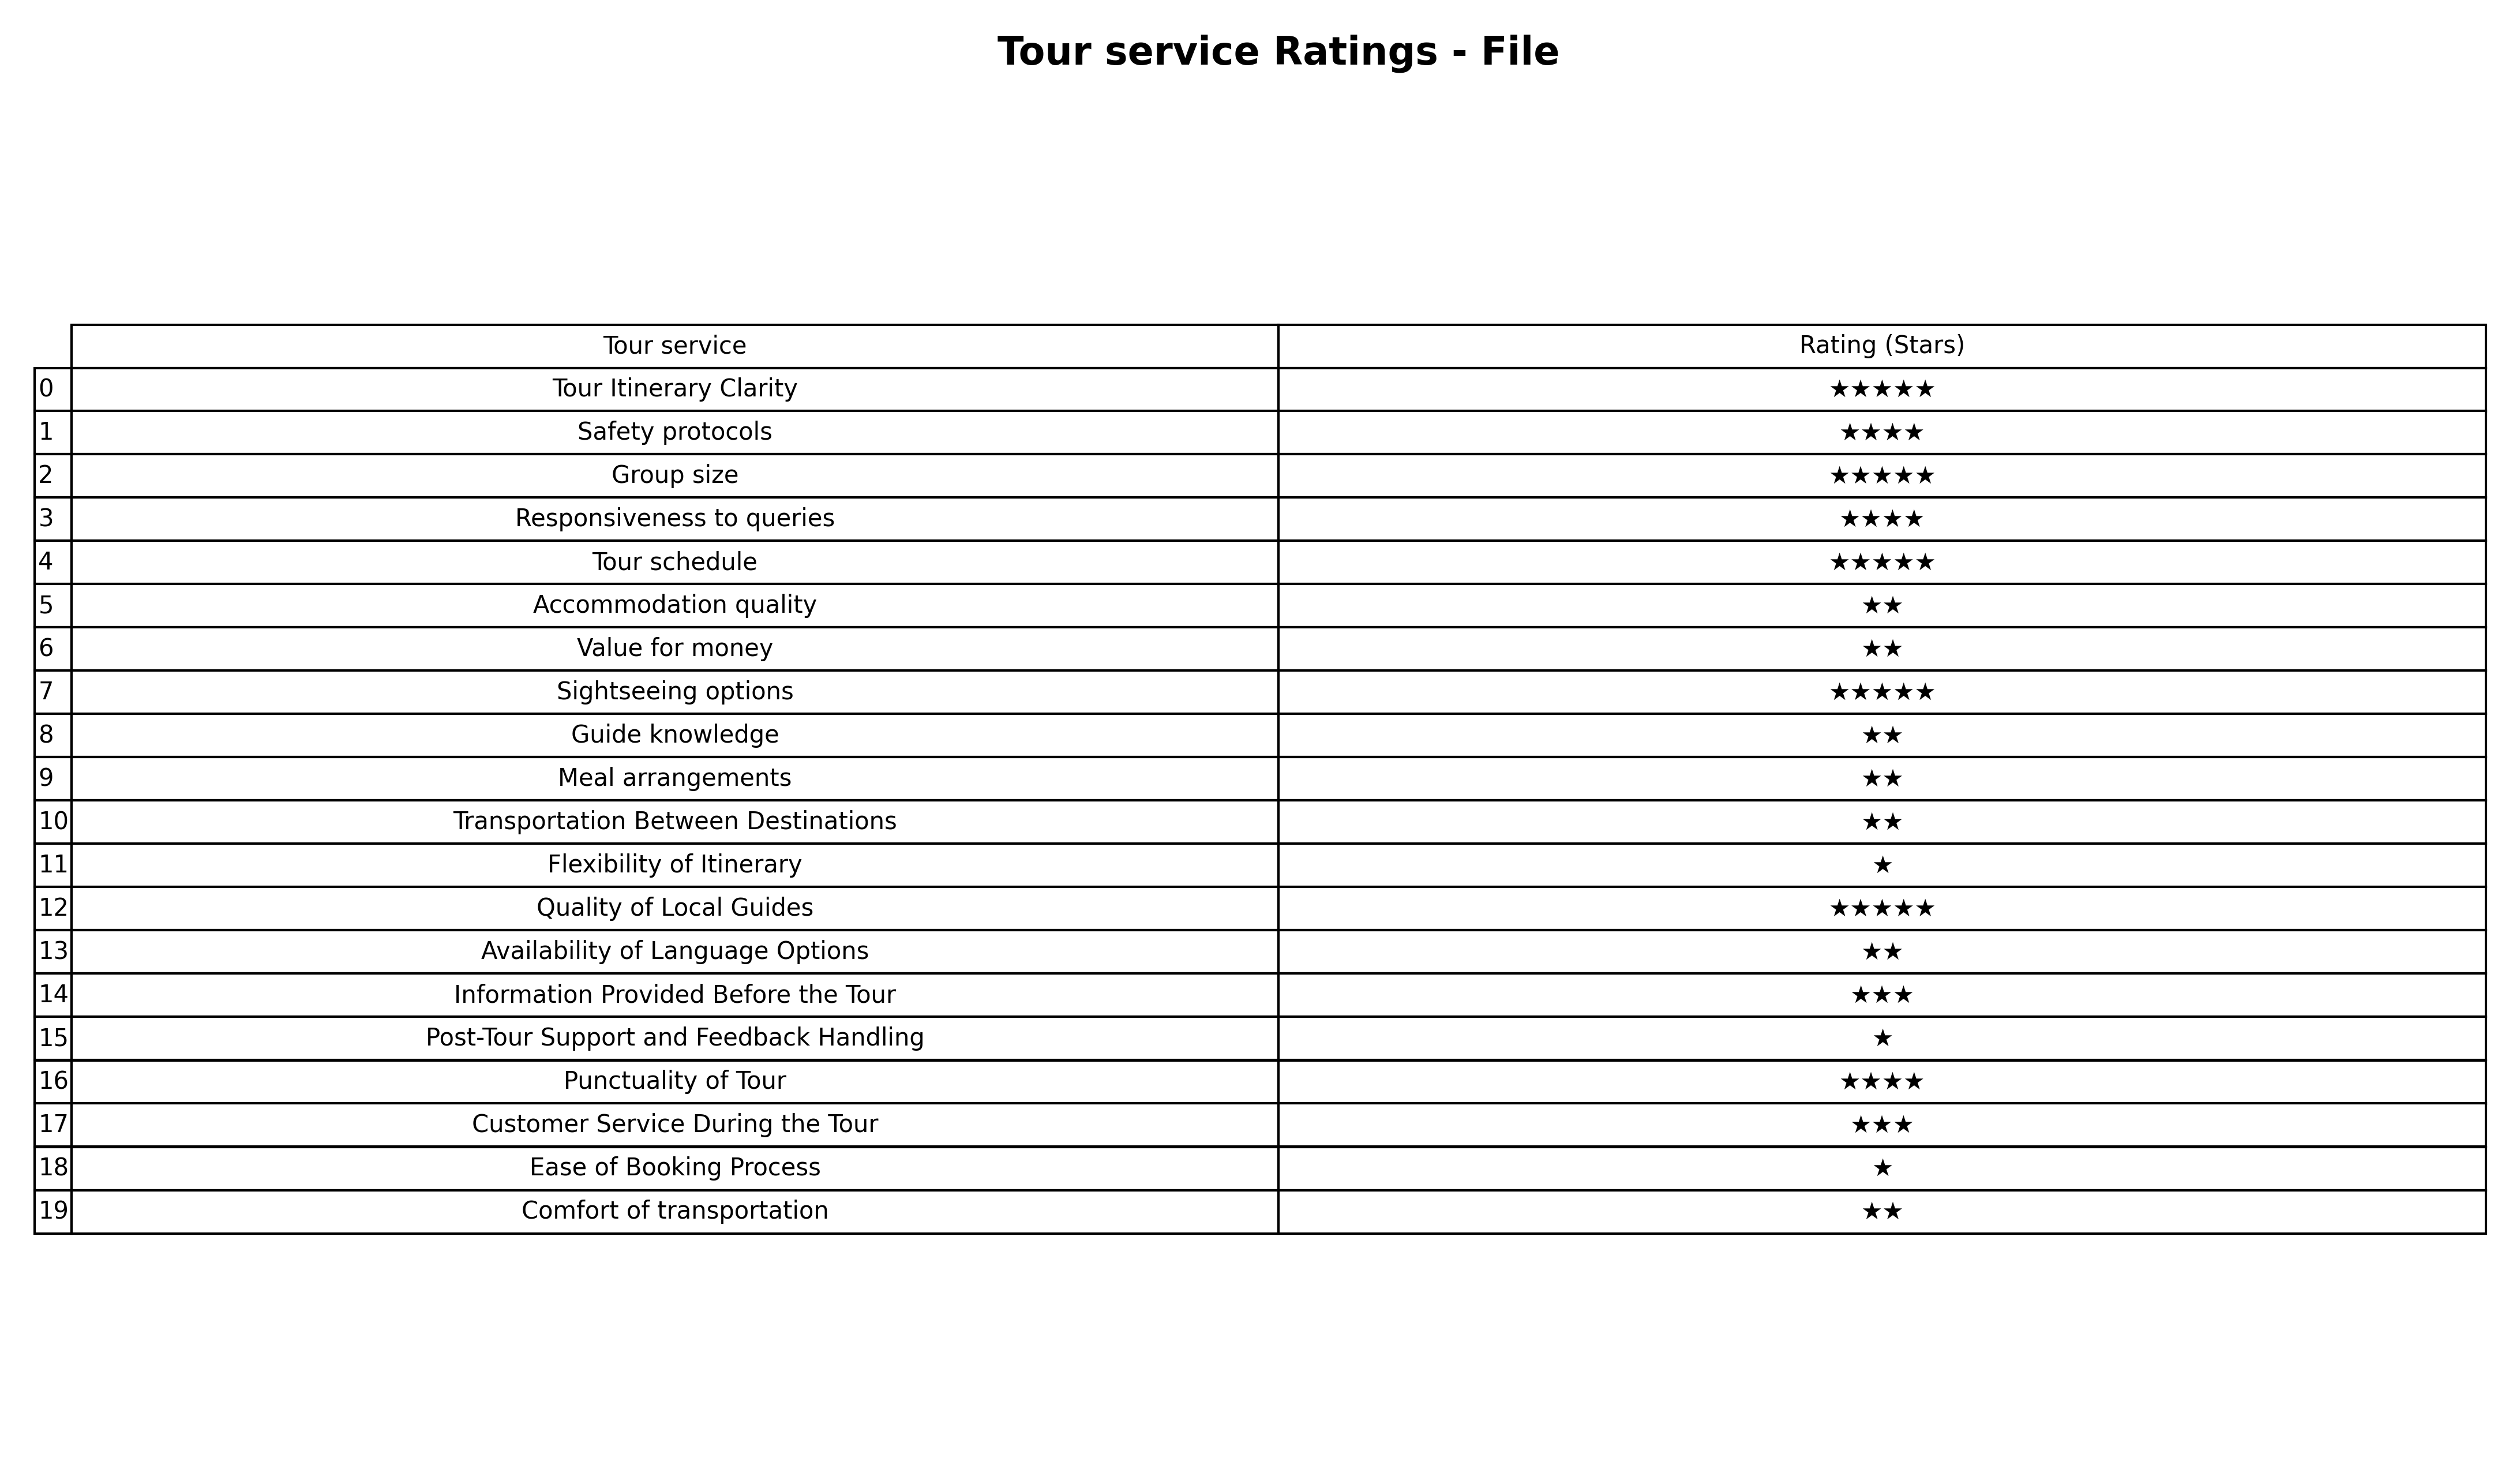
question: What is the rating of Information Provided Before the Tour?
answer: ★★★